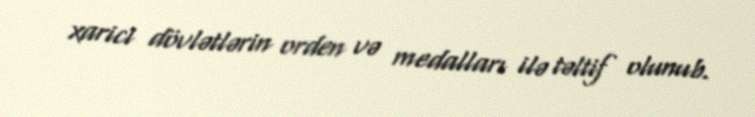
xarici dövlətlərin orden və medalları ilə təltif olunub.